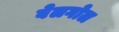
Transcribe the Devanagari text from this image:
बेलगोल